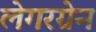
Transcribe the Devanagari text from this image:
लेगरग्रेन